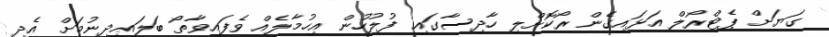
ގަޔަށް ޕެޓްރޯލް އަޅައިގެން ރޯކޮށްލި ހާދިސާގައި ފުލުހުން އިހުމާލެއް ވެފައިވާތޯ ބަލައިދިނުމަށް އެދި